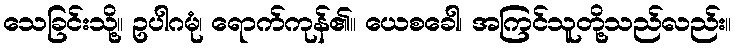
သေခြင်းသို့။ ဥပါဂမုံ၊ ရောက်ကုန်၏။ ယေစခေါ၊ အကြင်သူတို့သည်လည်း။